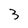
Character: 3